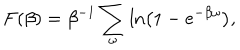
F ( \beta ) = \beta ^ { - 1 } \sum _ { \omega } \ln \left( 1 - e ^ { - \beta \omega } \right) ,